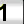
Digit: 1